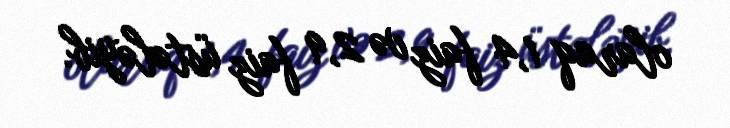
olaraq 1,4 faiz və 2,9 faiz üstələyib.